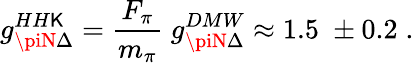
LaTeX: g_{\piN\Delta}^{HH\mathsf{K}}=\frac{{F_{\pi}}}{{m_{\pi}}}\; g_{\piN\Delta}^{DMW}\approx1.5\; \pm0.2\; .